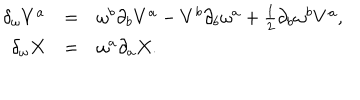
LaTeX: \begin{array} { r c l } { { \delta _ { \omega } V ^ { a } } } & { { = } } & { { \omega ^ { b } \partial _ { b } V ^ { a } - V ^ { b } \partial _ { b } \omega ^ { a } + { \textstyle { \frac { 1 } { 2 } } } \partial _ { b } \omega ^ { b } V ^ { a } , } } \\ { { \delta _ { \omega } X } } & { { = } } & { { \omega ^ { a } \partial _ { a } X . } } \\ \end{array}